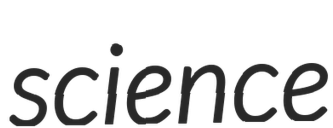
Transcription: science